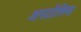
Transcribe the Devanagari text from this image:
अनटोलिया